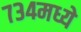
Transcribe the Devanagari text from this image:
७३४मध्ये